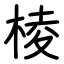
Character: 棱